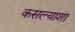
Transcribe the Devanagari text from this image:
कसल्याशा